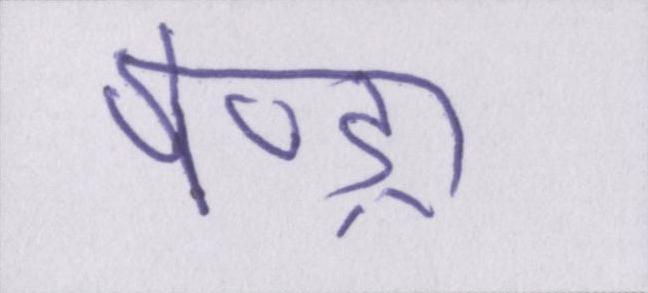
पेण्ड्रा